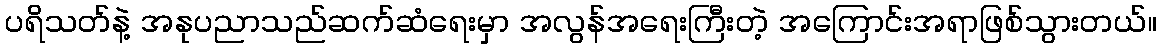
ပရိသတ်နဲ့ အနုပညာသည်ဆက်ဆံရေးမှာ အလွန်အရေးကြီးတဲ့ အကြောင်းအရာဖြစ်သွားတယ်။